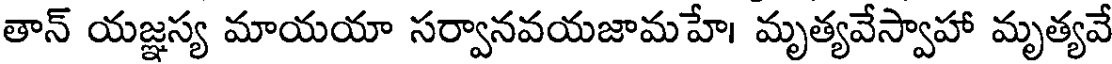
తాన్ యజ్ఞస్య మాయయా సర్వానవయజామహే। మృత్యవేస్వాహా మృత్యవే